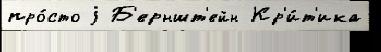
про́сто j Б'ерншт'ейн Кр'и́т'ика